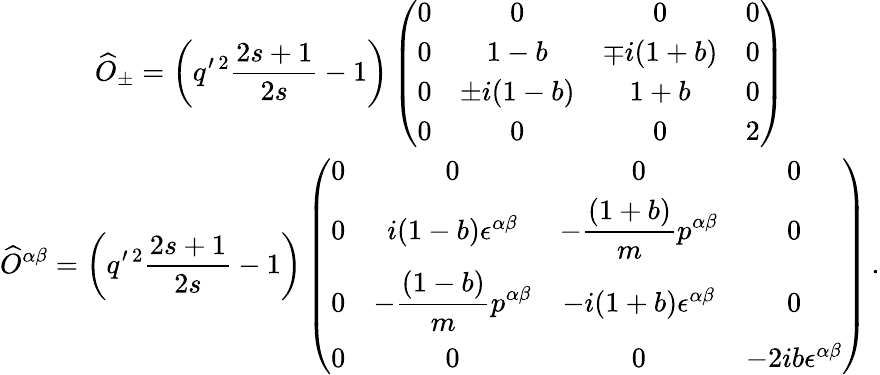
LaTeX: \begin{array}{c}{{\displaystyle\widehat O_{\pm}=\left(q^{\prime\, 2}\frac{2s+1}{2s}-1\right)\left(\begin{array}{cccc}{{0}}&{{0}}&{{0}}&{{0}}\\ {{0}}&{{1-b}}&{{\mp i(1+b)}}&{{0}}\\ {{0}}&{{\pm i(1-b)}}&{{1+b}}&{{0}}\\ {{0}}&{{0}}&{{0}}&{{2}}\end{array}\right)}}\\ {{\displaystyle\widehat O^{\alpha\beta}=\left(q^{\prime\, 2}\frac{2s+1}{2s}-1\right)\left(\begin{array}{cccc}{{0}}&{{0}}&{{0}}&{{0}}\\ {{0}}&{{i(1-b)\epsilon^{\alpha\beta}}}&{{\displaystyle-\frac{(1+b)}{m}p^{\alpha\beta}}}&{{0}}\\ {{0}}&{{\displaystyle-\frac{(1-b)}{m}p^{\alpha\beta}}}&{{-i(1+b)\epsilon^{\alpha\beta}}}&{{0}}\\ {{0}}&{{0}}&{{0}}&{{-2ib\epsilon^{\alpha\beta}}}\end{array}\right)\, .}}\end{array}